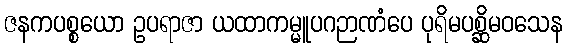
ဇနကပစ္စယော ဥပရာဇာ ယထာကမ္မူပဂဉာဏံပေ ပုရိမပစ္ဆိမဝသေန